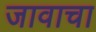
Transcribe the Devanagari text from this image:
जावाचा